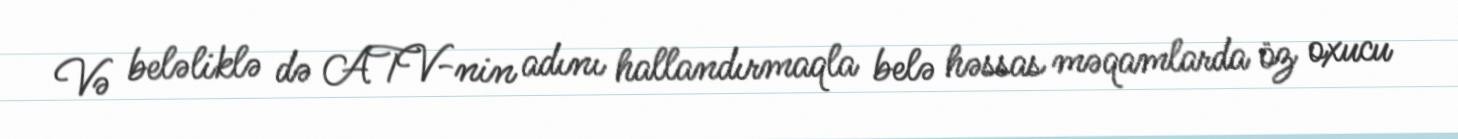
Və beləliklə də ATV-nin adını hallandırmaqla belə həssas məqamlarda öz oxucu